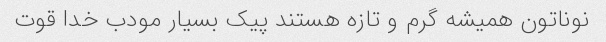
نوناتون همیشه گرم و تازه هستند پیک بسیار مودب خدا قوت